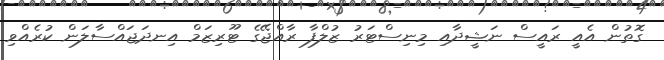
ގޮތުން އެއީ ރައީސް ނަޝީދާއި މިނިސްޓަރު ޒުލްފާ ރާއްޖޭގެ ޓޫރިޒަމް އިނދަޖައްސާލަން ކުރެއްވި